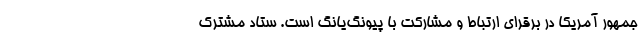
جمهور آمریکا در برقرای ارتباط و مشارکت با پیونگ‌یانگ است. ستاد مشترک